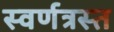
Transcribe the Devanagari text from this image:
स्वर्णत्रस्त